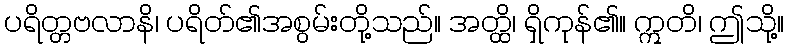
ပရိတ္တဗလာနိ၊ ပရိတ်၏အစွမ်းတို့သည်။ အတ္ထိ၊ ရှိကုန်၏။ ဣတိ၊ ဤသို့။